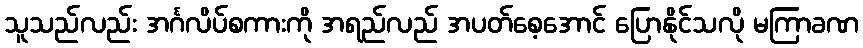
သူသည်လည်း အင်္ဂလိပ်စကားကို အရည်လည် အပတ်စေ့အောင် ပြောနိုင်သလို မကြာခဏ